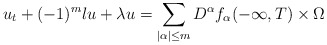
\begin{align*}u_t+(-1)^m \l u+\lambda u=\sum_{|\alpha|\le m}D^\alpha f_\alpha (-\infty, T)\times \Omega\end{align*}